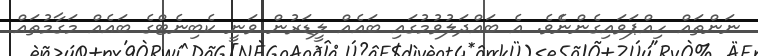
ނަންތައް ހިއްޕަވައިގެންނެެވެ. އެ ބައްދަލުވުމުގައި ބައެއް ލީޑަރުން ވަނީ ކެބިނެޓްގެ ބައެއް މަގާމުތައް